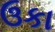
ઉકા